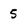
Character: 5